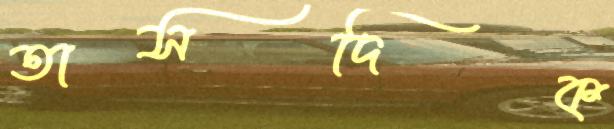
তাসদিক